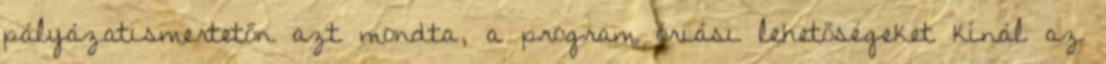
pályázatismertetőn azt mondta, a program óriási lehetőségeket kínál az